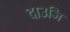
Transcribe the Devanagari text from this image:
दाउजि